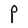
Character: P